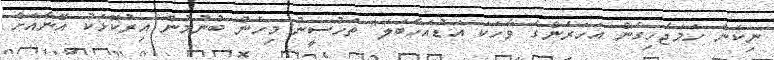
ނިކަން ހަމަޖެހިގެން އަހަރެންގެ ވާހަކަ އަޑުއަހާބަލަ" ތަހުސީނު މިހެން ބުނުމުން އިރުކޮޅަކު އޭނާއަށް